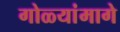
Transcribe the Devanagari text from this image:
गोळ्यांमागे